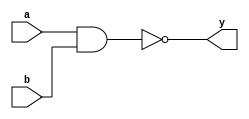
module nand_gate(a, b, y);
input a, b;
output y;
nand nandg(y, a, b );
endmodule

module testnand;
reg a, b;
wire y;
nand_gate nandg(a, b, y);
initial
begin
	$dumpfile("test.vcd");
	$dumpvars(0,testnand);
	a = 1'b0; b = 1'b0;
	#20
	a = 1'b0; b = 1'b1;
	#20
	a = 1'b1; b = 1'b0;
	#20
	a = 1'b1; b = 1'b1;
	#20
	$finish;
end
endmodule